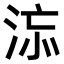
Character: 𣵅